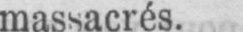
massacrés.